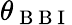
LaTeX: \theta_{\mathrm{~B~B~I~}}